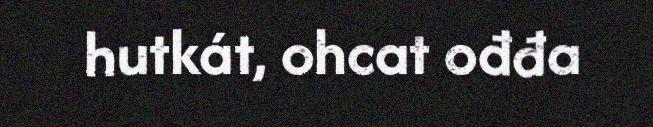
hutkát, ohcat ođđa